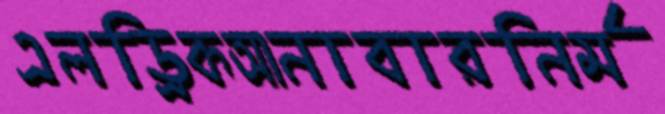
এলড্রিকআনাবারনির্ম